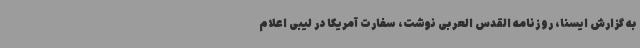
به گزارش ایسنا، روزنامه القدس العربی نوشت، سفارت آمریکا در لیبی اعلام